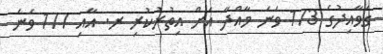
ގަވާއިދުގެ 173 ވަނަ މާއްދާ އަށް އިތުރުކުރި ރ. އާއި 177 ވަނަ